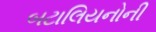
બટાલિયનોની